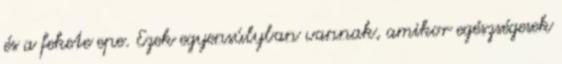
és a fekete epe. Ezek egyensúlyban vannak, amikor egészségesek